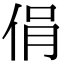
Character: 𠉌